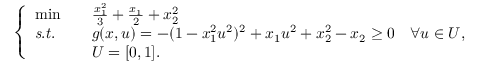
\left\{ \begin{array} { l l l } { \operatorname* { m i n } } & & { \frac { x _ { 1 } ^ { 2 } } { 3 } + \frac { x _ { 1 } } { 2 } + x _ { 2 } ^ { 2 } } \\ { \mathit { s . t . } } & & { g ( x , u ) = - ( 1 - x _ { 1 } ^ { 2 } u ^ { 2 } ) ^ { 2 } + x _ { 1 } u ^ { 2 } + x _ { 2 } ^ { 2 } - x _ { 2 } \geq 0 \quad \forall u \in U , } \\ & & { U = [ 0 , 1 ] . } \end{array} \right.